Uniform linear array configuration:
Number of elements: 4
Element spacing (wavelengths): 0.5
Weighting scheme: kaiser
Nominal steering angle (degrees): -30
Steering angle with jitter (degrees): -30.974
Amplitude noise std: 0.05
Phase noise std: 0.05

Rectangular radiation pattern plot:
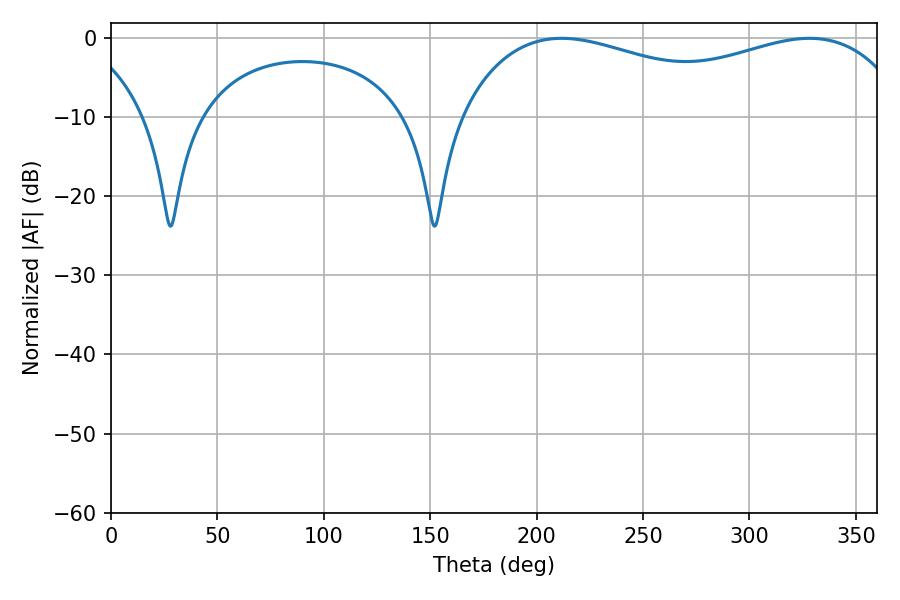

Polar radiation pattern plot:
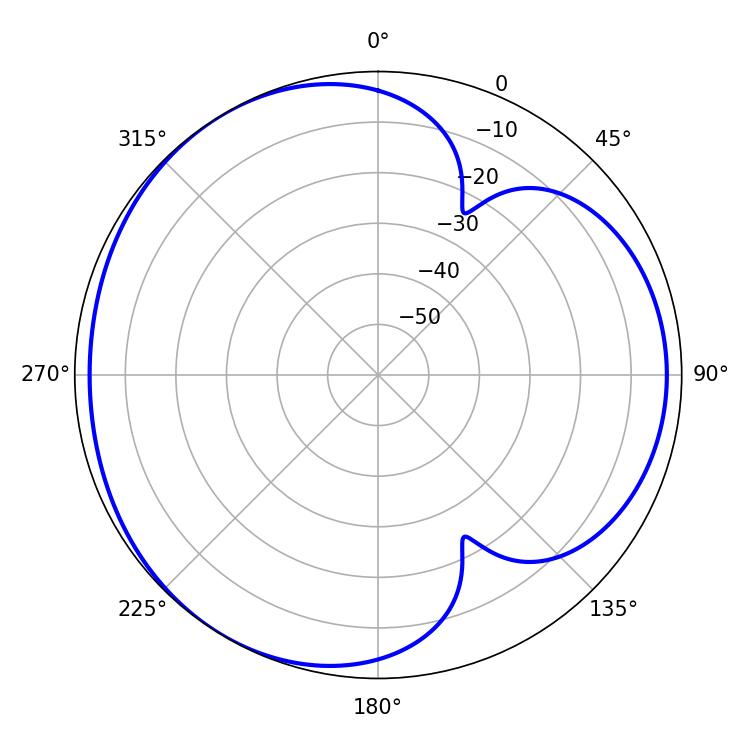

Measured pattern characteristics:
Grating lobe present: FALSE
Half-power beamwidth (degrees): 173.88
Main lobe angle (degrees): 211.68